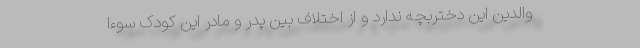
والدین این دختربچه ندارد و از اختلاف بین پدر و مادر این کودک سوءا